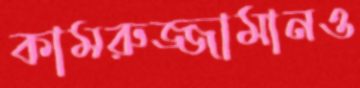
কামরুজ্জামানও